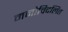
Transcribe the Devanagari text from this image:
मनोविदलित